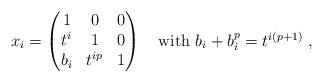
LaTeX: \begin{align*} x_i=\begin{pmatrix} 1 & 0 & 0\\t^i & 1 & 0\\b_i & t^{ip} & 1\end{pmatrix}\quad\hbox{with $b_i+b_i^p=t^{i(p+1)}$}~,\end{align*}